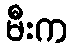
မီးက